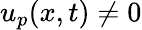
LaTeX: u_{p}(x,t)\neq 0